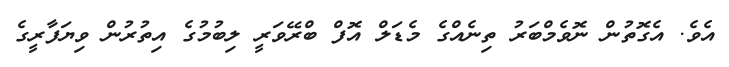
އެވެ. އެގޮތުން ނޮވެމްބަރު ތިނެއްގެ މެޑަލް އޮފް ބްރޭވަރީ ލިބުމުގެ އިތުރުން ވިޔަފާރީގެ